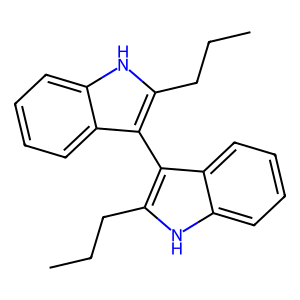
SMILES: CCCc1[nH]c2ccccc2c1-c1c(CCC)[nH]c2ccccc12
Inhibits HIV replication: No